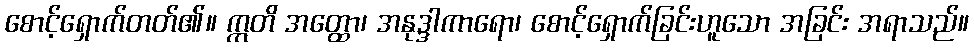
စောင့်ရှောက်တတ်၏။ ဣတိ အတ္ထော၊ အနုဒ္ဒါကာရော၊ စောင့်ရှောက်ခြင်းဟူသော အခြင်း အရာသည်။